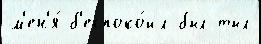
м'ен'я́ б'еспоко́ил был тыл